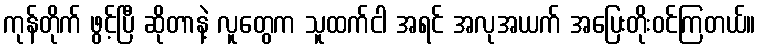
ကုန်တိုက် ဖွင့်ပြီ ဆိုတာနဲ့ လူတွေက သူထက်ငါ အရင် အလုအယက် အပြေးတိုးဝင်ကြတယ်။